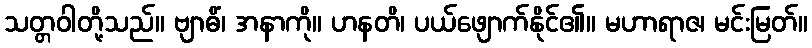
သတ္တဝါတို့သည်။ ဗျာဓိံ၊ အနာကို။ ဟနတိ၊ ပယ်ဖျောက်နိုင်၏။ မဟာရာဇ၊ မင်းမြတ်။